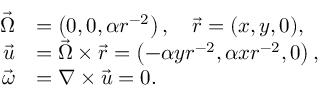
{ \begin{array} { r l } { { \vec { \Omega } } } & { = \left( 0 , 0 , \alpha r ^ { - 2 } \right) , \quad { \vec { r } } = ( x , y , 0 ) , } \\ { { \vec { u } } } & { = { \vec { \Omega } } \times { \vec { r } } = \left( - \alpha y r ^ { - 2 } , \alpha x r ^ { - 2 } , 0 \right) , } \\ { { \vec { \omega } } } & { = \nabla \times { \vec { u } } = 0 . } \end{array} }